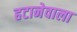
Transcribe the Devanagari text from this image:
हटानेवाला